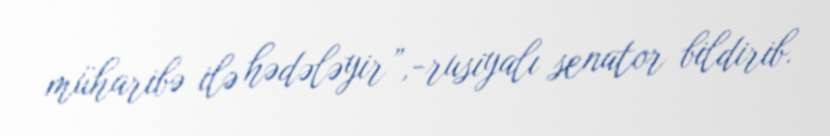
müharibə ilə hədələyir”,-rusiyalı senator bildirib.